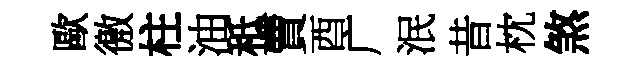
歐徼柱油秪賣酉广泯昔枕煞